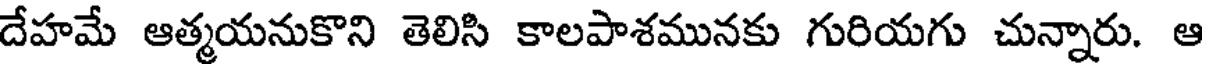
దేహమే ఆత్మయనుకొని తెలిసి కాలపాశమునకు గురియగు చున్నారు. ఆ